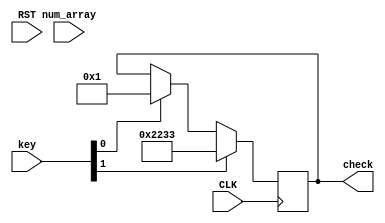
module pro_in(
input CLK,RST,
input [35:0] num_array,
input [1:0] key,
output reg [23:0] check
);

reg [23:0] correct;
reg [23:0] wrong;
//eg [11:0] problem;

//problem <= num_array[35:24];
initial begin
check <= 24'b0;    
correct <= 24'b000000000010001000110011;//
// 0 0 2 2 3 3 
wrong <= 24'b000000000000000000000001;//
end

always @( posedge CLK)begin
    if(key[1])
     check <= correct;//
    else if(key[0])
     check <= wrong;//
    else
     //check <= problem;//
     check <= check;
end
endmodule